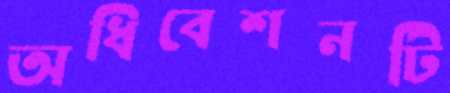
অধিবেশনটি